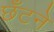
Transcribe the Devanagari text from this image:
छँटने